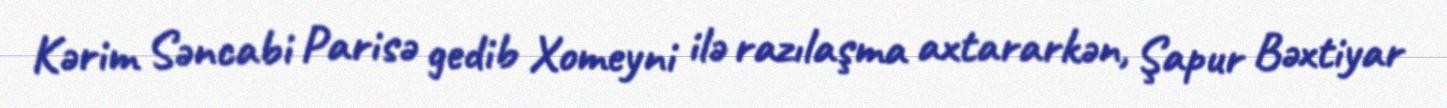
Kərim Səncabi Parisə gedib Xomeyni ilə razılaşma axtararkən, Şapur Bəxtiyar